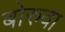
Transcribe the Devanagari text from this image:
बोरुवा